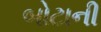
બોટાની